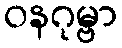
ဝနဂုမ္ဗာ